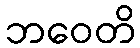
ဘဝေတိ